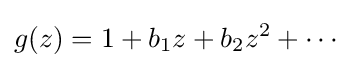
g(z)=1+b_{1}z+b_{2}z^{2}+\cdots